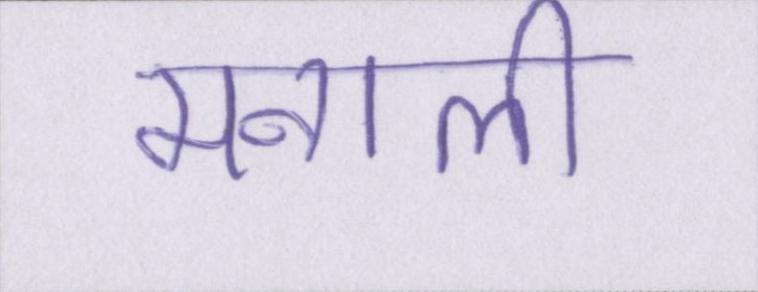
मनाली